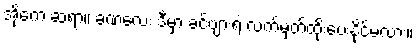
အိုကေ ဆရာ။ ခဏလေး ဒီမှာ ခင်ဗျားရဲ့ လက်မှတ်ထိုးပေးနိုင်မလား။